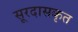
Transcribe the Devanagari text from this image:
सूरदासकृत